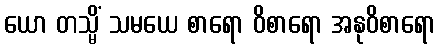
ယော တသ္မိံ သမယေ စာရော ဝိစာရော အနုဝိစာရော